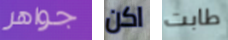
جواهر اكن طابت